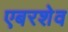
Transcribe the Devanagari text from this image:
एबरशेव